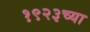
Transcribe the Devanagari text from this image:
१९२३च्या